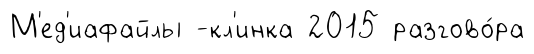
М'ед'иафайлы -кл'инка 2015 разгово́ра